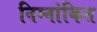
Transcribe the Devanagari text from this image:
निम्नांकित